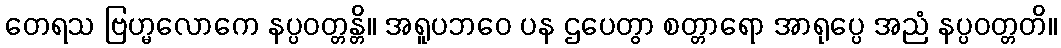
တေရသ ဗြဟ္မလောကေ နပ္ပဝတ္တန္တိ။ အရူပဘဝေ ပန ဌပေတွာ စတ္တာရော အာရုပ္ပေ အညံ နပ္ပဝတ္တတိ။